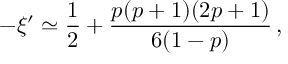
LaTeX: - \xi ^ { \prime } \simeq { \frac { 1 } { 2 } } + { \frac { p ( p + 1 ) ( 2 p + 1 ) } { 6 ( 1 - p ) } } \, ,